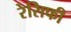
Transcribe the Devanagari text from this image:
रेसिफी